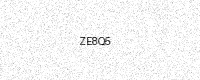
Text: ZE8Q5